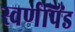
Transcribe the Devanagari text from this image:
स्वर्णपिंड